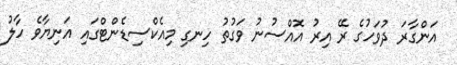
އަންގާރަ ދުވަހުގެ ރޭ އިރު އޮއްސުނު ވަގުތު ހިނގި މިއެކްސިޑެންޓްގައި އަނިޔާވެ ހާލު